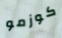
كوزمو